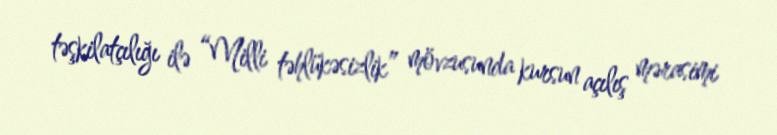
təşkilatçılığı ilə “Milli təhlükəsizlik” mövzusunda kursun açılış mərasimi